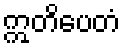
ဣတိပေတံ